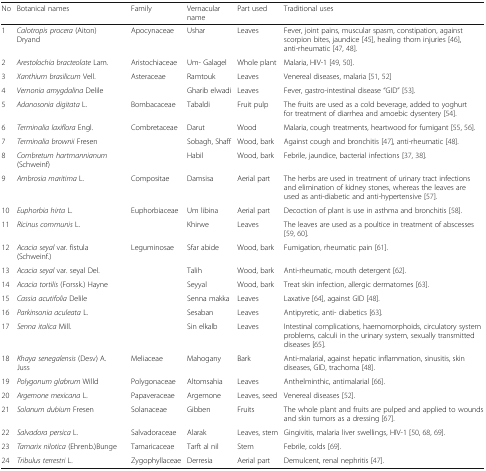
<table><thead><tr><td><b>No</b></td><td><b>Botanical names</b></td><td><b>Family</b></td><td><b>Vernacular name</b></td><td><b>Part used</b></td><td><b>Traditional uses</b></td></tr></thead><tbody><tr><td>1</td><td><i>Calotropis procera</i> (Aiton) Dryand</td><td>Apocynaceae</td><td>Ushar</td><td>Leaves</td><td>Fever, joint pains, muscular spasm, constipation, against scorpion bites, jaundice [45], healing thorn injuries [46], anti-rheumatic [47, 48].</td></tr><tr><td>2</td><td><i>Arestolochia bracteolate</i> Lam.</td><td>Aristochiaceae</td><td>Um- Galagel</td><td>Whole plant</td><td>Malaria, HIV-1 [49, 50].</td></tr><tr><td>3</td><td><i>Xanthium brasilicum</i> Vell.</td><td>Asteraceae</td><td>Ramtouk</td><td>Leaves</td><td>Venereal diseases, malaria [51, 52]</td></tr><tr><td>4</td><td><i>Vernonia amygdalina</i> Delile</td><td></td><td>Gharib elwadi</td><td>Leaves</td><td>Fever, gastro-intestinal disease “GID” [53].</td></tr><tr><td>5</td><td><i>Adanosonia digitata</i> L.</td><td>Bombacaceae</td><td>Tabaldi</td><td>Fruit pulp</td><td>The fruits are used as a cold beverage, added to yoghurt for treatment of diarrhea and amoebic dysentery [54].</td></tr><tr><td>6</td><td><i>Terminalia laxiflora</i> Engl.</td><td>Combretaceae</td><td>Darut</td><td>Wood</td><td>Malaria, cough treatments, heartwood for fumigant [55, 56].</td></tr><tr><td>7</td><td><i>Terminalia brownii</i> Fresen</td><td></td><td>Sobagh, Shaff</td><td>Wood, bark</td><td>Against cough and bronchitis [47], anti-rheumatic [48].</td></tr><tr><td>8</td><td><i>Combretum hartmannianum</i> (Schweinf)</td><td></td><td>Habil</td><td>Wood, bark</td><td>Febrile, jaundice, bacterial infections [37, 38].</td></tr><tr><td>9</td><td><i>Ambrosia maritima</i> L<i>.</i></td><td>Compositae</td><td>Damsisa</td><td>Aerial part</td><td>The herbs are used in treatment of urinary tract infections and elimination of kidney stones, whereas the leaves are used as anti-diabetic and anti-hypertensive [57].</td></tr><tr><td>10</td><td><i>Euphorbia hirta</i> L.</td><td>Euphorbiaceae</td><td>Um libina</td><td>Aerial part</td><td>Decoction of plant is use in asthma and bronchitis [58].</td></tr><tr><td>11</td><td><i>Ricinus communis</i> L.</td><td></td><td>Khirwe</td><td>Leaves</td><td>The leaves are used as a poultice in treatment of abscesses [59, 60].</td></tr><tr><td>12</td><td><i>Acacia seyal</i> var. fistula (Schweinf.)</td><td>Leguminosae</td><td>Sfar abide</td><td>Wood, bark</td><td>Fumigation, rheumatic pain [61].</td></tr><tr><td>13</td><td><i>Acacia seyal</i> var. seyal Del.</td><td></td><td>Talih</td><td>Wood, bark</td><td>Anti-rheumatic, mouth detergent [62].</td></tr><tr><td>14</td><td><i>Acacia tortilis</i> (Forssk.) Hayne</td><td></td><td>Seyyal</td><td>Wood, bark</td><td>Treat skin infection, allergic dermatomes [63].</td></tr><tr><td>15</td><td><i>Cassia acutifolia</i> Delile</td><td></td><td>Senna makka</td><td>Leaves</td><td>Laxative [64], against GID [48].</td></tr><tr><td>16</td><td><i>Parkinsonia aculeata</i> L.</td><td></td><td>Sesaban</td><td>Leaves</td><td>Antipyretic, anti- diabetics [63].</td></tr><tr><td>17</td><td><i>Senna italica</i> Mill.</td><td></td><td>Sin elkalb</td><td>Leaves</td><td>Intestinal complications, haemomorphoids, circulatory system problems, calculi in the urinary system, sexually transmitted diseases [65].</td></tr><tr><td>18</td><td><i>Khaya senegalensis</i> (Desv) A. Juss</td><td>Meliaceae</td><td>Mahogany</td><td>Bark</td><td>Anti-malarial, against hepatic inflammation, sinusitis, skin diseases, GID, trachoma [48].</td></tr><tr><td>19</td><td><i>Polygonum glabrum</i> Willd</td><td>Polygonaceae</td><td>Altomsahia</td><td>Leaves</td><td>Anthelminthic, antimalarial [66].</td></tr><tr><td>20</td><td><i>Argemone mexicana</i> L.</td><td>Papaveraceae</td><td>Argemone</td><td>Leaves, seed</td><td>Venereal diseases [52].</td></tr><tr><td>21</td><td><i>Solanum dubium</i> Fresen</td><td>Solanaceae</td><td>Gibben</td><td>Fruits</td><td>The whole plant and fruits are pulped and applied to wounds and skin tumors as a dressing [67].</td></tr><tr><td>22</td><td><i>Salvadora persica</i> L.</td><td>Salvadoraceae</td><td>Alarak</td><td>Leaves, stem</td><td>Gingivitis, malaria liver swellings, HIV-1 [50, 68, 69].</td></tr><tr><td>23</td><td><i>Tamarix nilotica</i> (Ehrenb.)Bunge</td><td>Tamaricaceae</td><td>Tarft al nil</td><td>Stem</td><td>Febrile, colds [69].</td></tr><tr><td>24</td><td><i>Tribulus terrestri</i> L.</td><td>Zygophyllaceae</td><td>Derresia</td><td>Aerial part</td><td>Demulcent, renal nephritis [47].</td></tr></tbody></table>